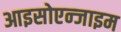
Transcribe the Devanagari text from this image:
आइसोएन्जाइम